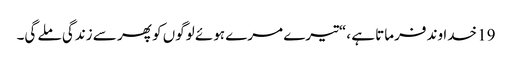
19 خدا وند فرماتا ہے ،“تیرے مرے ہوئے لوگوں کو پھر سے زندگی ملے گی۔